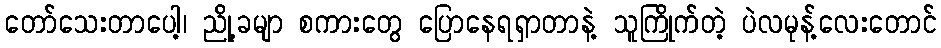
တော်သေးတာပေါ့၊ ညို့ခမျာ စကားတွေ ပြောနေရရှာတာနဲ့ သူကြိုက်တဲ့ ပဲလမုန့်လေးတောင်